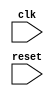
/*
----------------------------------------
Stereoscopic Vision System
Senior Design Project - Team 11
California State University, Sacramento
Spring 2015 / Fall 2015
----------------------------------------

%MODULE_TITLE%

Authors:  %AUTHOR% (%AUTHOR_EMAIL%)

Description:
  %MODULE_DESCRIPTION%
*/
module template(clk, reset);
    input clk;          // Clock signal
    input reset;        // Reset signal (active-low)

    always @ (posedge clk or negedge reset) begin
        if (~reset) begin
			// Reset logic
        end
        else begin
	    	// Clocked logic
        end
    end
endmodule